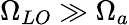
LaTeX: \Omega_{LO}\gg\Omega_{a}